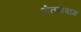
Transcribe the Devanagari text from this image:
चेतनबाग